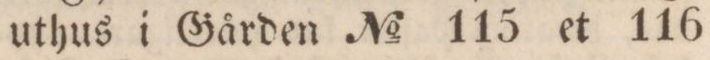
uthus i Gården No 115 et 116